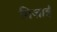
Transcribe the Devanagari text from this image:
ग़िज़ाई